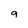
Character: 9